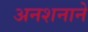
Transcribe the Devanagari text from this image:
अनशनाने